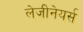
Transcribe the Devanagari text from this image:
लेजीनेयर्स